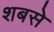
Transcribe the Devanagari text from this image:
शबसे